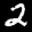
Label: 2